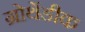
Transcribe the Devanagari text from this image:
ग्रोथेंडीक